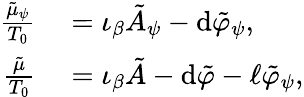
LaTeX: \begin{array}{rl}{\frac{\tilde{\mu}_{\psi}}{T_{0}}}&{{}=\iota_{\beta}\tilde{A}_{\psi}-\mathrm{d}\tilde{\varphi}_{\psi},}\\ {\frac{\tilde{\mu}}{T_{0}}}&{{}=\iota_{\beta}\tilde{A}-\mathrm{d}\tilde{\varphi}-\ell\tilde{\varphi}_{\psi},}\end{array}